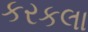
કરકલા